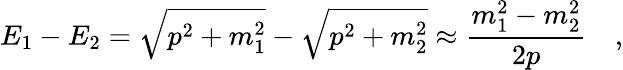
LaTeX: E_{1}-E_{2}=\sqrt{p^{2}+m_{1}^{2}}-\sqrt{p^{2}+m_{2}^{2}}\approx\frac{m_{1}^{2}-m_{2}^{2}}{2p}\quad,